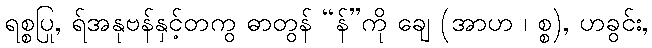
ရစ္စပြု, ရ်အနုဗန်နှင့်တကွ ဓာတွန် “န်”ကို ချေ (အာဟ ၊ စ္စ), ဟခွင်း,